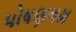
પોષણષમ